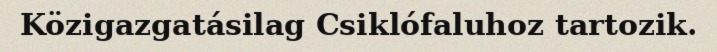
Közigazgatásilag Csiklófaluhoz tartozik.